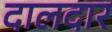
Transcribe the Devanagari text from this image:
दालदार